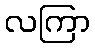
လကြာ